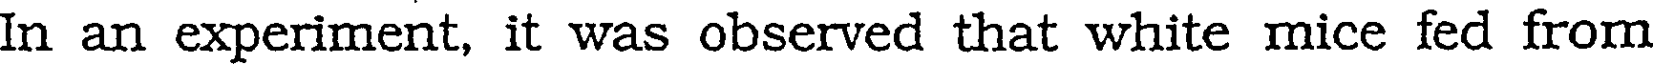
In an experiment, it was observed that white mice fed from